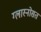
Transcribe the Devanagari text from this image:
ग्लास्नोसत